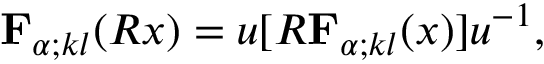
{ \mathbf { F } } _ { \alpha ; k l } ( R x ) = u [ R { \mathbf { F } } _ { \alpha ; k l } ( x ) ] u ^ { - 1 } ,